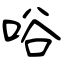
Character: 唂